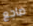
ضاجع